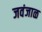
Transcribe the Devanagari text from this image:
जवंजाळ